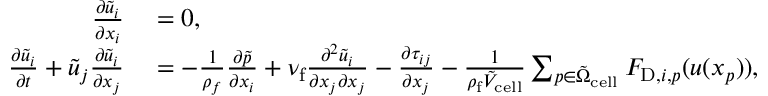
\begin{array} { r l } { \frac { \partial \tilde { u } _ { i } } { \partial x _ { i } } } & { { } = 0 , } \\ { \frac { \partial \tilde { u } _ { i } } { \partial t } + \tilde { u } _ { j } \frac { \partial \tilde { u } _ { i } } { \partial x _ { j } } } & { { } = - \frac { 1 } { \rho _ { f } } \frac { \partial \tilde { p } } { \partial x _ { i } } + \nu _ { \mathrm { f } } \frac { \partial ^ { 2 } \tilde { u } _ { i } } { \partial x _ { j } \partial x _ { j } } - \frac { \partial \tau _ { i j } } { \partial x _ { j } } - \frac { 1 } { \rho _ { \mathrm { f } } \tilde { V } _ { \mathrm { c e l l } } } \sum _ { p \in \tilde { \Omega } _ { \mathrm { c e l l } } } F _ { \mathrm { D } , i , p } ( \boldsymbol { u } ( \boldsymbol { x } _ { p } ) ) , } \end{array}